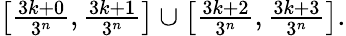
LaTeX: \textstyle\left[{\frac{3k+0}{3^{n}}},{\frac{3k+1}{3^{n}}}\right]\cup\left[{\frac{3k+2}{3^{n}}},{\frac{3k+3}{3^{n}}}\right].